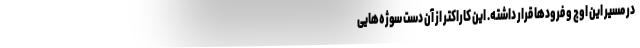
در مسیر این اوج و فرودها قرار داشته. این کاراکتر از آن دست سوژه‌هایی